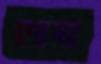
পোথা